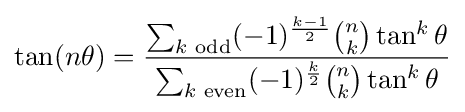
\tan(n\theta )={\frac {\sum _{k{\text{ odd}}}(-1)^{\frac {k-1}{2}}{n \choose k}\tan ^{k}\theta }{\sum _{k{\text{ even}}}(-1)^{\frac {k}{2}}{n \choose k}\tan ^{k}\theta }}